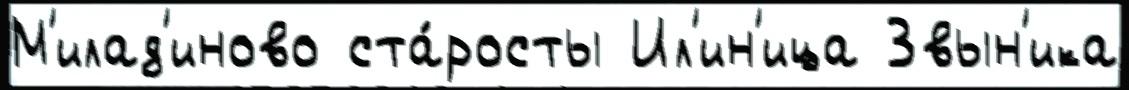
М'илад'иново ста́росты Ил'ин'ица Звын'ика